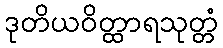
ဒုတိယဝိတ္ထာရသုတ္တံ